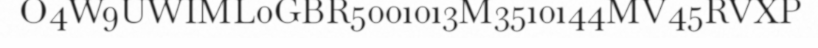
O4W9UWIML0GBR5001013M3510144MV45RVXP